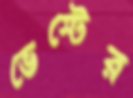
ভেস্টের